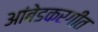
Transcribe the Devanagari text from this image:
आंबेडकरगीत